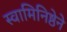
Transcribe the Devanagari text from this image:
स्वामिनिष्ठेने